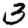
Digit: 3